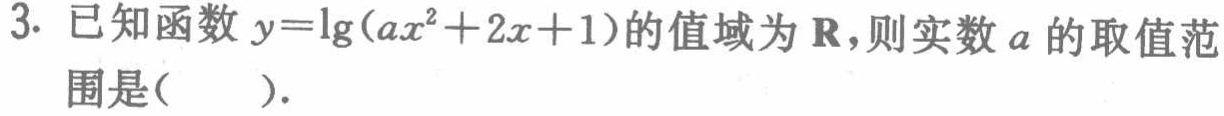
3. 已知函数$y = \lg(ax^{2}+2x + 1)$的值域为$\mathbf{R}$，则实数$a$的取值范围是( ).